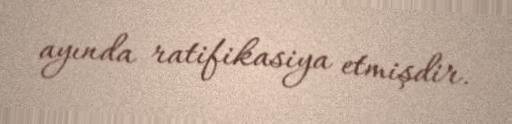
ayında ratifikasiya etmişdir.